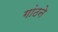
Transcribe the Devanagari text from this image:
गांठने